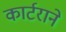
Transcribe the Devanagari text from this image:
कार्टराने